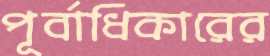
পূর্বাধিকারের